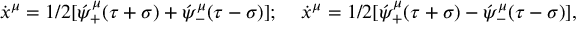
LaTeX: \dot { x } ^ { \mu } = 1 / 2 [ \acute { \psi } _ { + } ^ { \mu } ( \tau + \sigma ) + \acute { \psi } _ { - } ^ { \mu } ( \tau - \sigma ) ] ; \; \; \; \; \dot { x } ^ { \mu } = 1 / 2 [ \acute { \psi } _ { + } ^ { \mu } ( \tau + \sigma ) - \acute { \psi } _ { - } ^ { \mu } ( \tau - \sigma ) ] ,